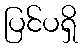
ပြင်ပရှိ